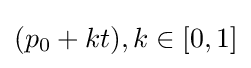
(p_{0}+kt),k\in [0,1]